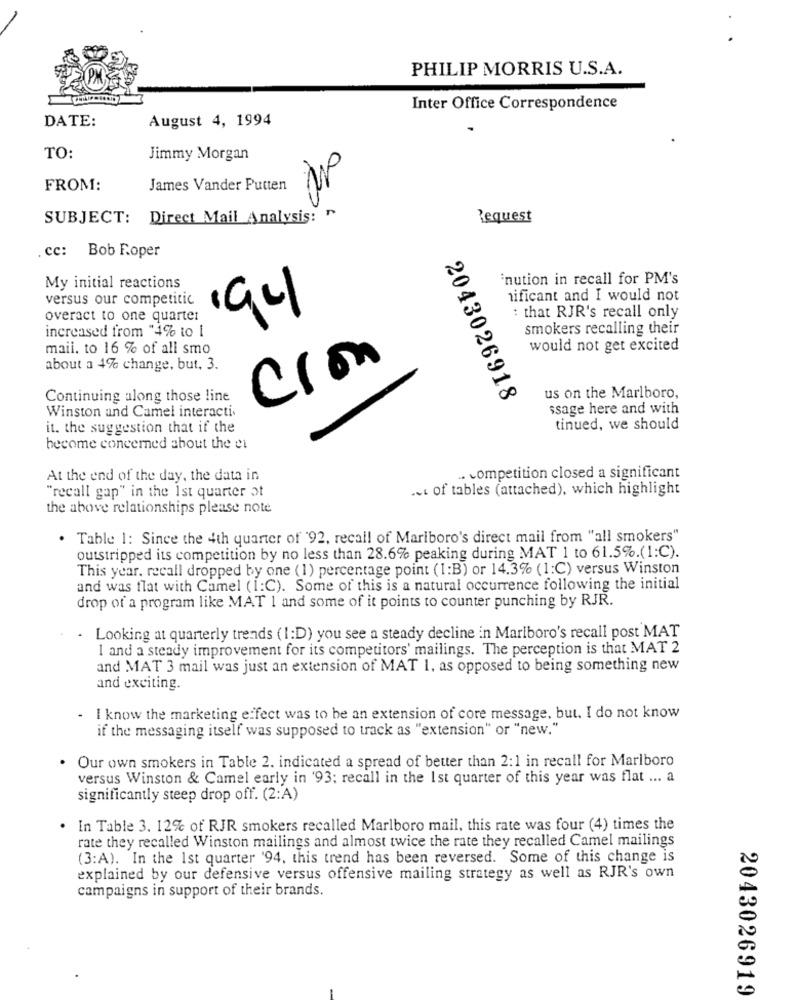
PHILIP MORRIS U.S.A.
Inter Office Correspondence
DATE:
August 4, 1994
TO:
Jimmy Morgan
FROM:
James Vander Putten
SUBJECT: Direct Mail Analysis: ">
Request
cc: Bob Roper
'nution in recall for PM's
My initial reactions
versus our competitic
nificant and I would not
194
: that RJR's recall only
overact to one quarter
increased from "4% to I
smokers recalling their
maii. to 16 % of all smo
would not get excited
Cron
about a 4% change, but, 3.
Continuing along those line
2043026918
us on the Marlboro,
Winston and Camel interacti.
ssage here and with
it. the suggestion that if the
tinued, we should
become concerned about the ei
At the end of the day, the data in
. competition closed a significant
"recall gap" in the 1st quarter ot
... of tables (attached), which highlight
the above relationships please note
Table 1: Since the 4th quarter of '92, recall of Mariboro's direct mail from "all smokers"
outstripped its competition by no less than 28.6% peaking during MAT 1 to 61.5%. (1:C).
This year. recall dropped by one (1) percentage point (1:B) or 14.3% (1:C) versus Winston
and was flat with Camel (1:C). Some of this is a natural occurrence following the initial
drop of a program like MAT 1 and some of it points to counter punching by RJR.
. Looking at quarterly trends (1:D) you see a steady decline in Marlboro's recall post MAT
1 and a steady improvement for its competitors' mailings. The perception is that MAT 2
and MAT 3 mail was just an extension of MAT 1, as opposed to being something new
and exciting.
- I know the marketing effect was to be an extension of core message, but. I do not know
if the messaging itself was supposed to track as "extension" or "new."
Our own smokers in Table 2. indicated a spread of better than 2:1 in recall for Marlboro
versus Winston & Camel early in '93; recall in the 1st quarter of this year was flat ... a
significantly steep drop off. (2:A)
In Table 3. 12% of RJR smokers recalled Marlboro mail, this rate was four (4) times the
rate they recalled Winston mailings and almost twice the rate they recalled Camel mailings
(3:A). In the 1st quarter '94. this trend has been reversed. Some of this change is
explained by our defensive versus offensive mailing strategy as well as RJR's own
campaigns in support of their brands.
2043026919